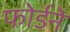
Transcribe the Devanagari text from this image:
फोर्डने